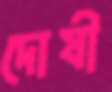
দোষী